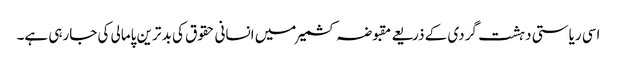
اسی ریاستی دہشت گردی کے ذریعے مقبوضہ کشمیر میں انسانی حقوق کی بد ترین پامالی کی جارہی ہے۔